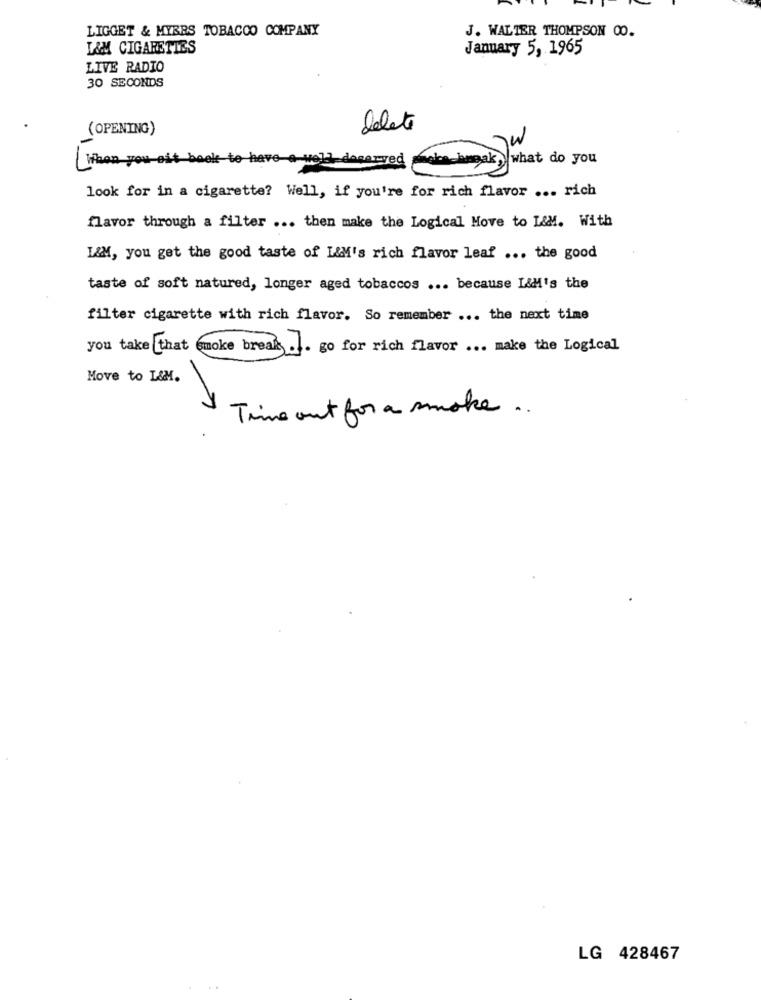
LIGGET & MYERS TOBACCO COMPANY
J. WALTER THOMPSON 00.
L&M CIGARETTES
January 5, 1965
LIVE RADIO
30 SECONDS
(OPENING)
delete
When you sit boek to have a well dagary
hmeak, what do you
look for in a cigarette? Well, if you're for rich flavor ... rich
flavor through a filter ... then make the Logical Move to L&M. With
L&M, you get the good taste of L&M's rich flavor leaf ... the good
taste of soft natured, longer aged tobaccos ... because I&M's the
filter cigarette with rich flavor. So remember ... the next time
you take that smoke break .. go for rich flavor ... make the Logical
Move to L&M.
Time out for a smoke ..
LG 428467